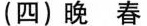
(四)晚春